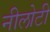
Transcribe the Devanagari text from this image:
नीलोटी